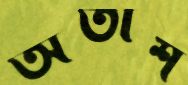
অতীশ